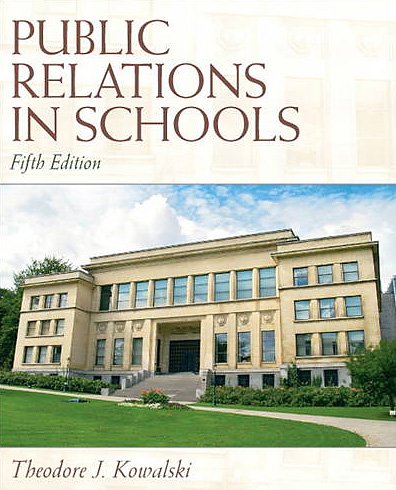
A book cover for Public Relations in Schools (5th Edition); Theodore J. Kowalski; Business & Money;